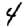
Digit: 4